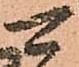
可